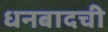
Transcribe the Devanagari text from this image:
धनबादची